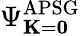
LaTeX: \Psi_{{\mathbf K}={\mathbf 0}}^{\textrm{APSG}}